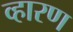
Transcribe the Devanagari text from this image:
व्हारण